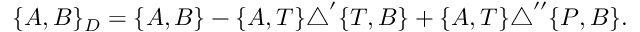
\begin{array} { r } { \{ A , B \} _ { D } = \{ A , B \} - \{ A , T \} \triangle ^ { \prime } \{ T , B \} + \{ A , T \} \triangle ^ { \prime \prime } \{ P , B \} . } \end{array}